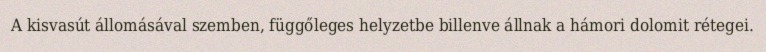
A kisvasút állomásával szemben, függőleges helyzetbe billenve állnak a hámori dolomit rétegei.